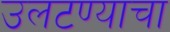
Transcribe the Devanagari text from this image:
उलटण्याचा